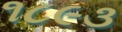
૧૮૯૩